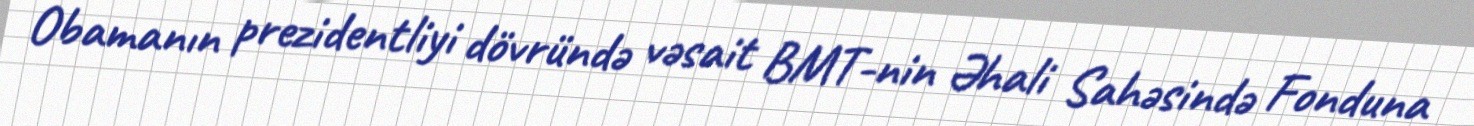
Obamanın prezidentliyi dövründə vəsait BMT-nin Əhali Sahəsində Fonduna